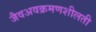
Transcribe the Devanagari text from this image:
जैवअवक्रमणशीलती